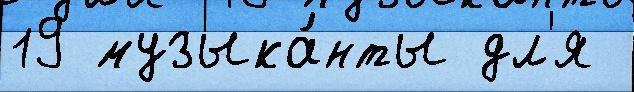
19 музыка́нты дл'я